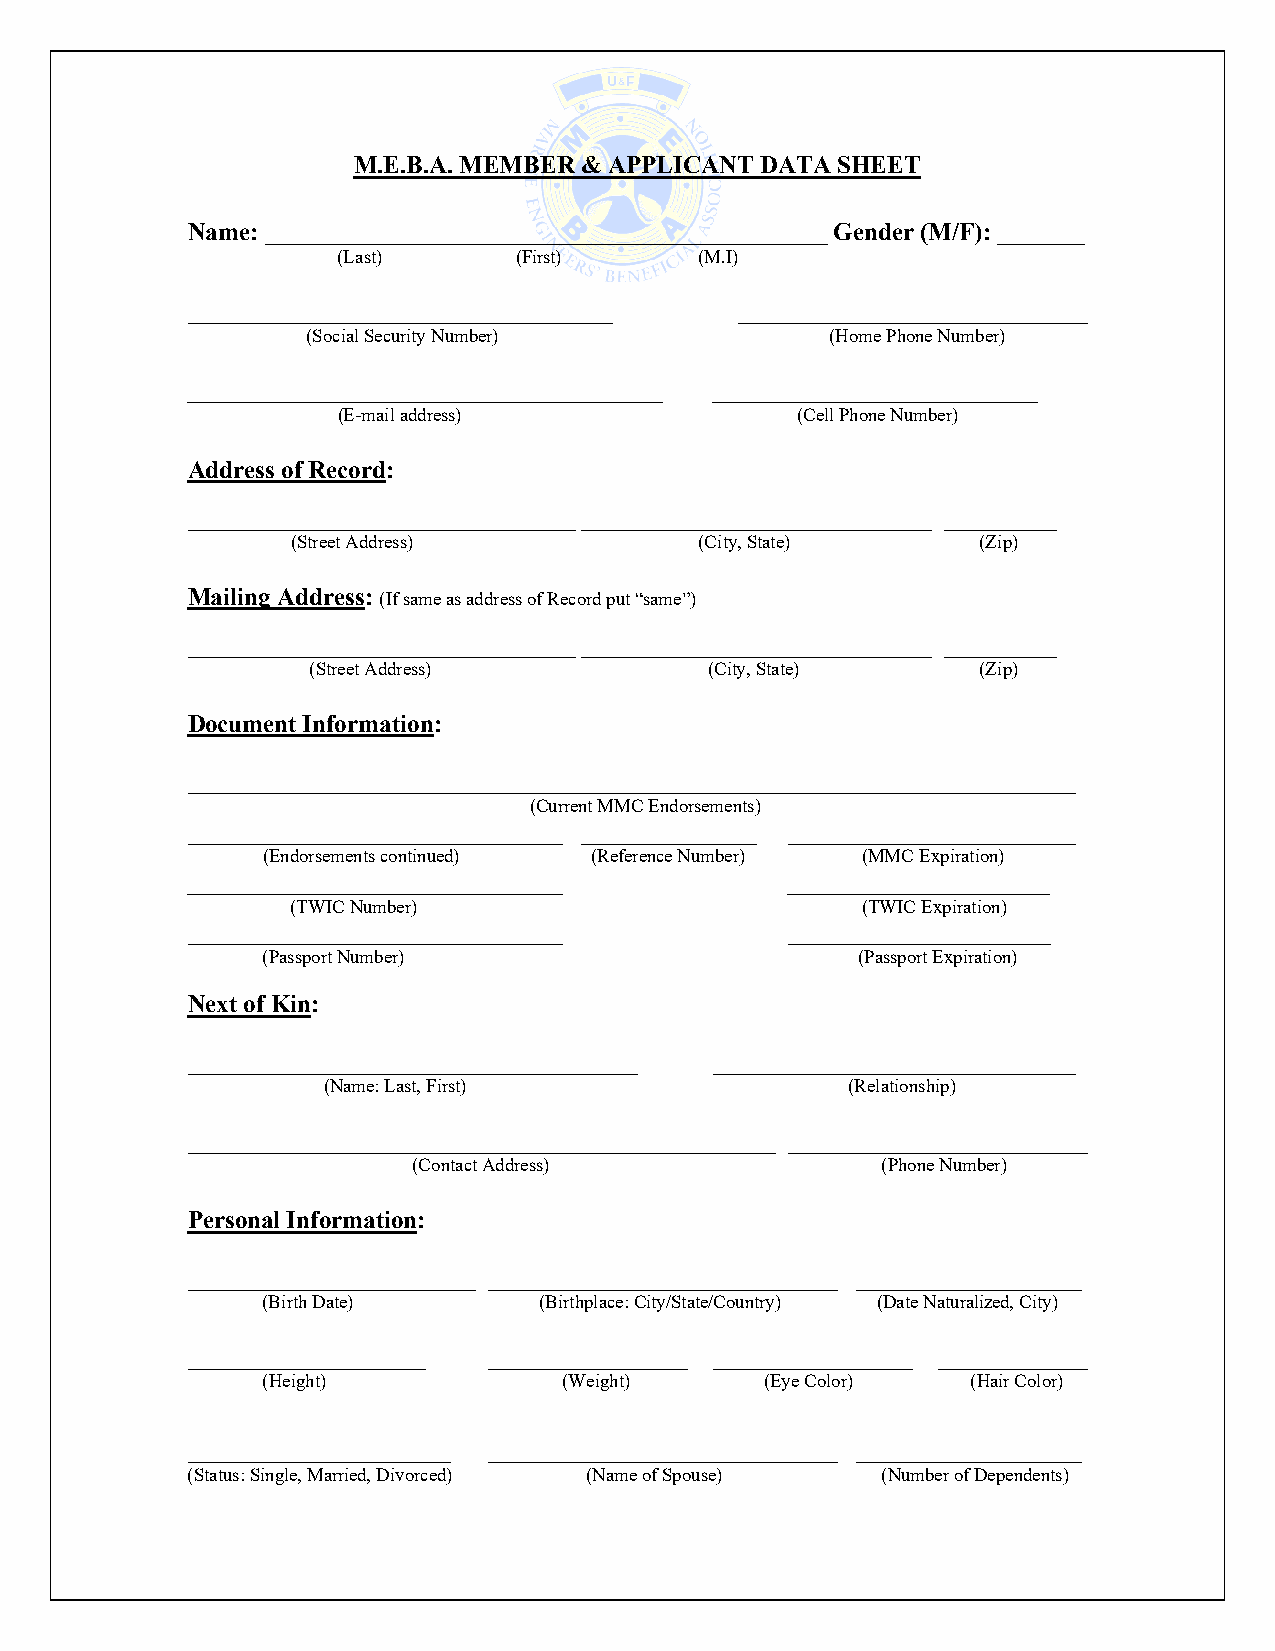
M.E.B.A. MEMBER & APPLICANT DATA SHEET
 Name: _____________________________________________ Gender (M/F): _______
 (Last)      (First)     (M.I)
 __________________________________   ____________________________
 (Social Security Number)           (Home Phone Number)
 ______________________________________ __________________________
 (E-mail address)               (Cell Phone Number)
 Address of Record:
 _______________________________ ____________________________ _________
 (Street Address)           (City, State)      (Zip)
 Mailing Address:
 (If same as address of Record put “same”)
 _______________________________ ____________________________ _________
 (Street Address)           (City, State)     (Zip)
 Document Information:
 _______________________________________________________________________
 (Current MMC Endorsements)
 ______________________________ ______________ _______________________
 (Endorsements continued) (Reference Number) (MMC Expiration)
 ______________________________          _____________________
 (TWIC Number)                         (TWIC Expiration)
 ______________________________          _____________________
 (Passport Number)                       (Passport Expiration)
 Next of Kin:
 ____________________________________ _____________________________
 (Name: Last, First)                (Relationship)
 _______________________________________________ ________________________
 (Contact Address)              (Phone Number)
 Personal Information:
 _______________________ ____________________________ __________________
 (Birth Date)       (Birthplace: City/State/Country) (Date Naturalized, City)
 ___________________ ________________ ________________ ____________
 (Height)            (Weight)      (Eye Color)  (Hair Color)
 _____________________ ____________________________ __________________
 (Status: Single, Married, Divorced) (Name of Spouse) (Number of Dependents)